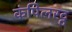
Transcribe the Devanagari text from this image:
कंपिलरट्ठ